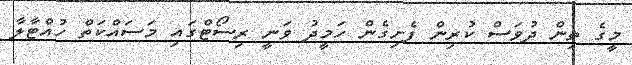
މީގެ ތިން ދުވަސް ކުރިން ފެށިގެން ހަމީދު ވަނީ ރިސޯޓްގައި މަސައްކަތް ހުއްޓާލާ